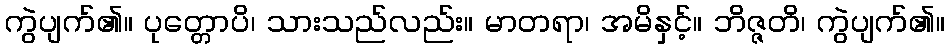
ကွဲပျက်၏။ ပုတ္တောပိ၊ သားသည်လည်း။ မာတရာ၊ အမိနှင့်။ ဘိဇ္ဇတိ၊ ကွဲပျက်၏။